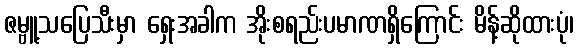
ဇမ္ဗူ့သပြေသီးမှာ ရှေးအခါက အိုးစရည်းပမာဏရှိကြောင်း မိန့်ဆိုထားပုံ၊